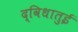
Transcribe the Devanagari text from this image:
द्विधातुई